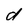
Character: d